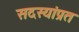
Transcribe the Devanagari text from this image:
सदस्यांप्रत